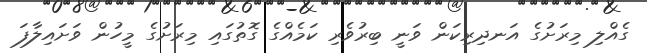
ގެއްލި މިރަށުގެ އަނދިރިކަން ވަނީ ބިރުވެރި ކަމެއްގެ ގޮތުގައި މިރަށުގެ މީހުން ވަށައިލާފަ